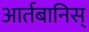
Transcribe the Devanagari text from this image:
आर्तबानिस्